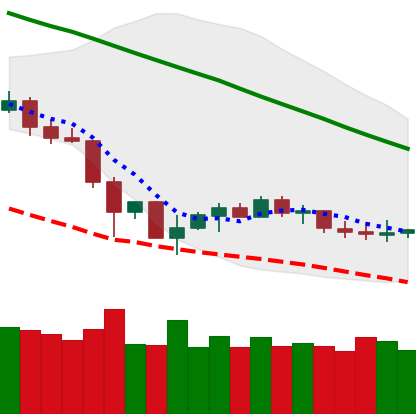
Ticker: LTC-USD
Chart end date: 2019-12-06
Forward return: -3.776%
Label: down_3_5